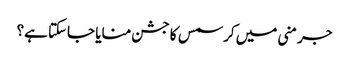
جرمنی میں کرسمس کا جشن منایا جاسکتا ہے؟